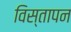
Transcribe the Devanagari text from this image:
विस्तापन